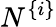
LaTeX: N^{\{ i\} }